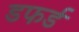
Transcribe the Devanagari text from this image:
डफर्ड